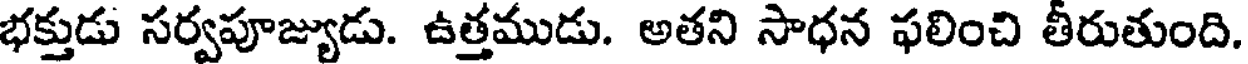
భక్తుడు సర్వపూజ్యుడు. ఉత్తముడు. అతని సాధన ఫలించి తీరుతుంది.